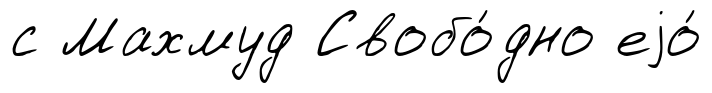
с Махмуд Свобо́дно еjо́